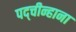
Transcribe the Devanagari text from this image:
पद्चीन्हाना